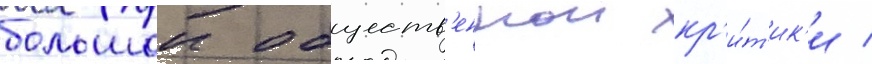
большои обществ'еннои кр'и́т'ик'и /